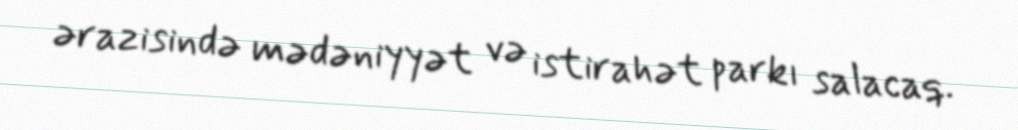
ərazisində mədəniyyət və istirahət parkı salacaq.